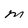
Character: M